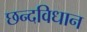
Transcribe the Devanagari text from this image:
छन्दविधान